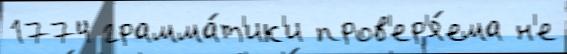
1774 грамма́т'ик'и пров'ер'я́ема н'е